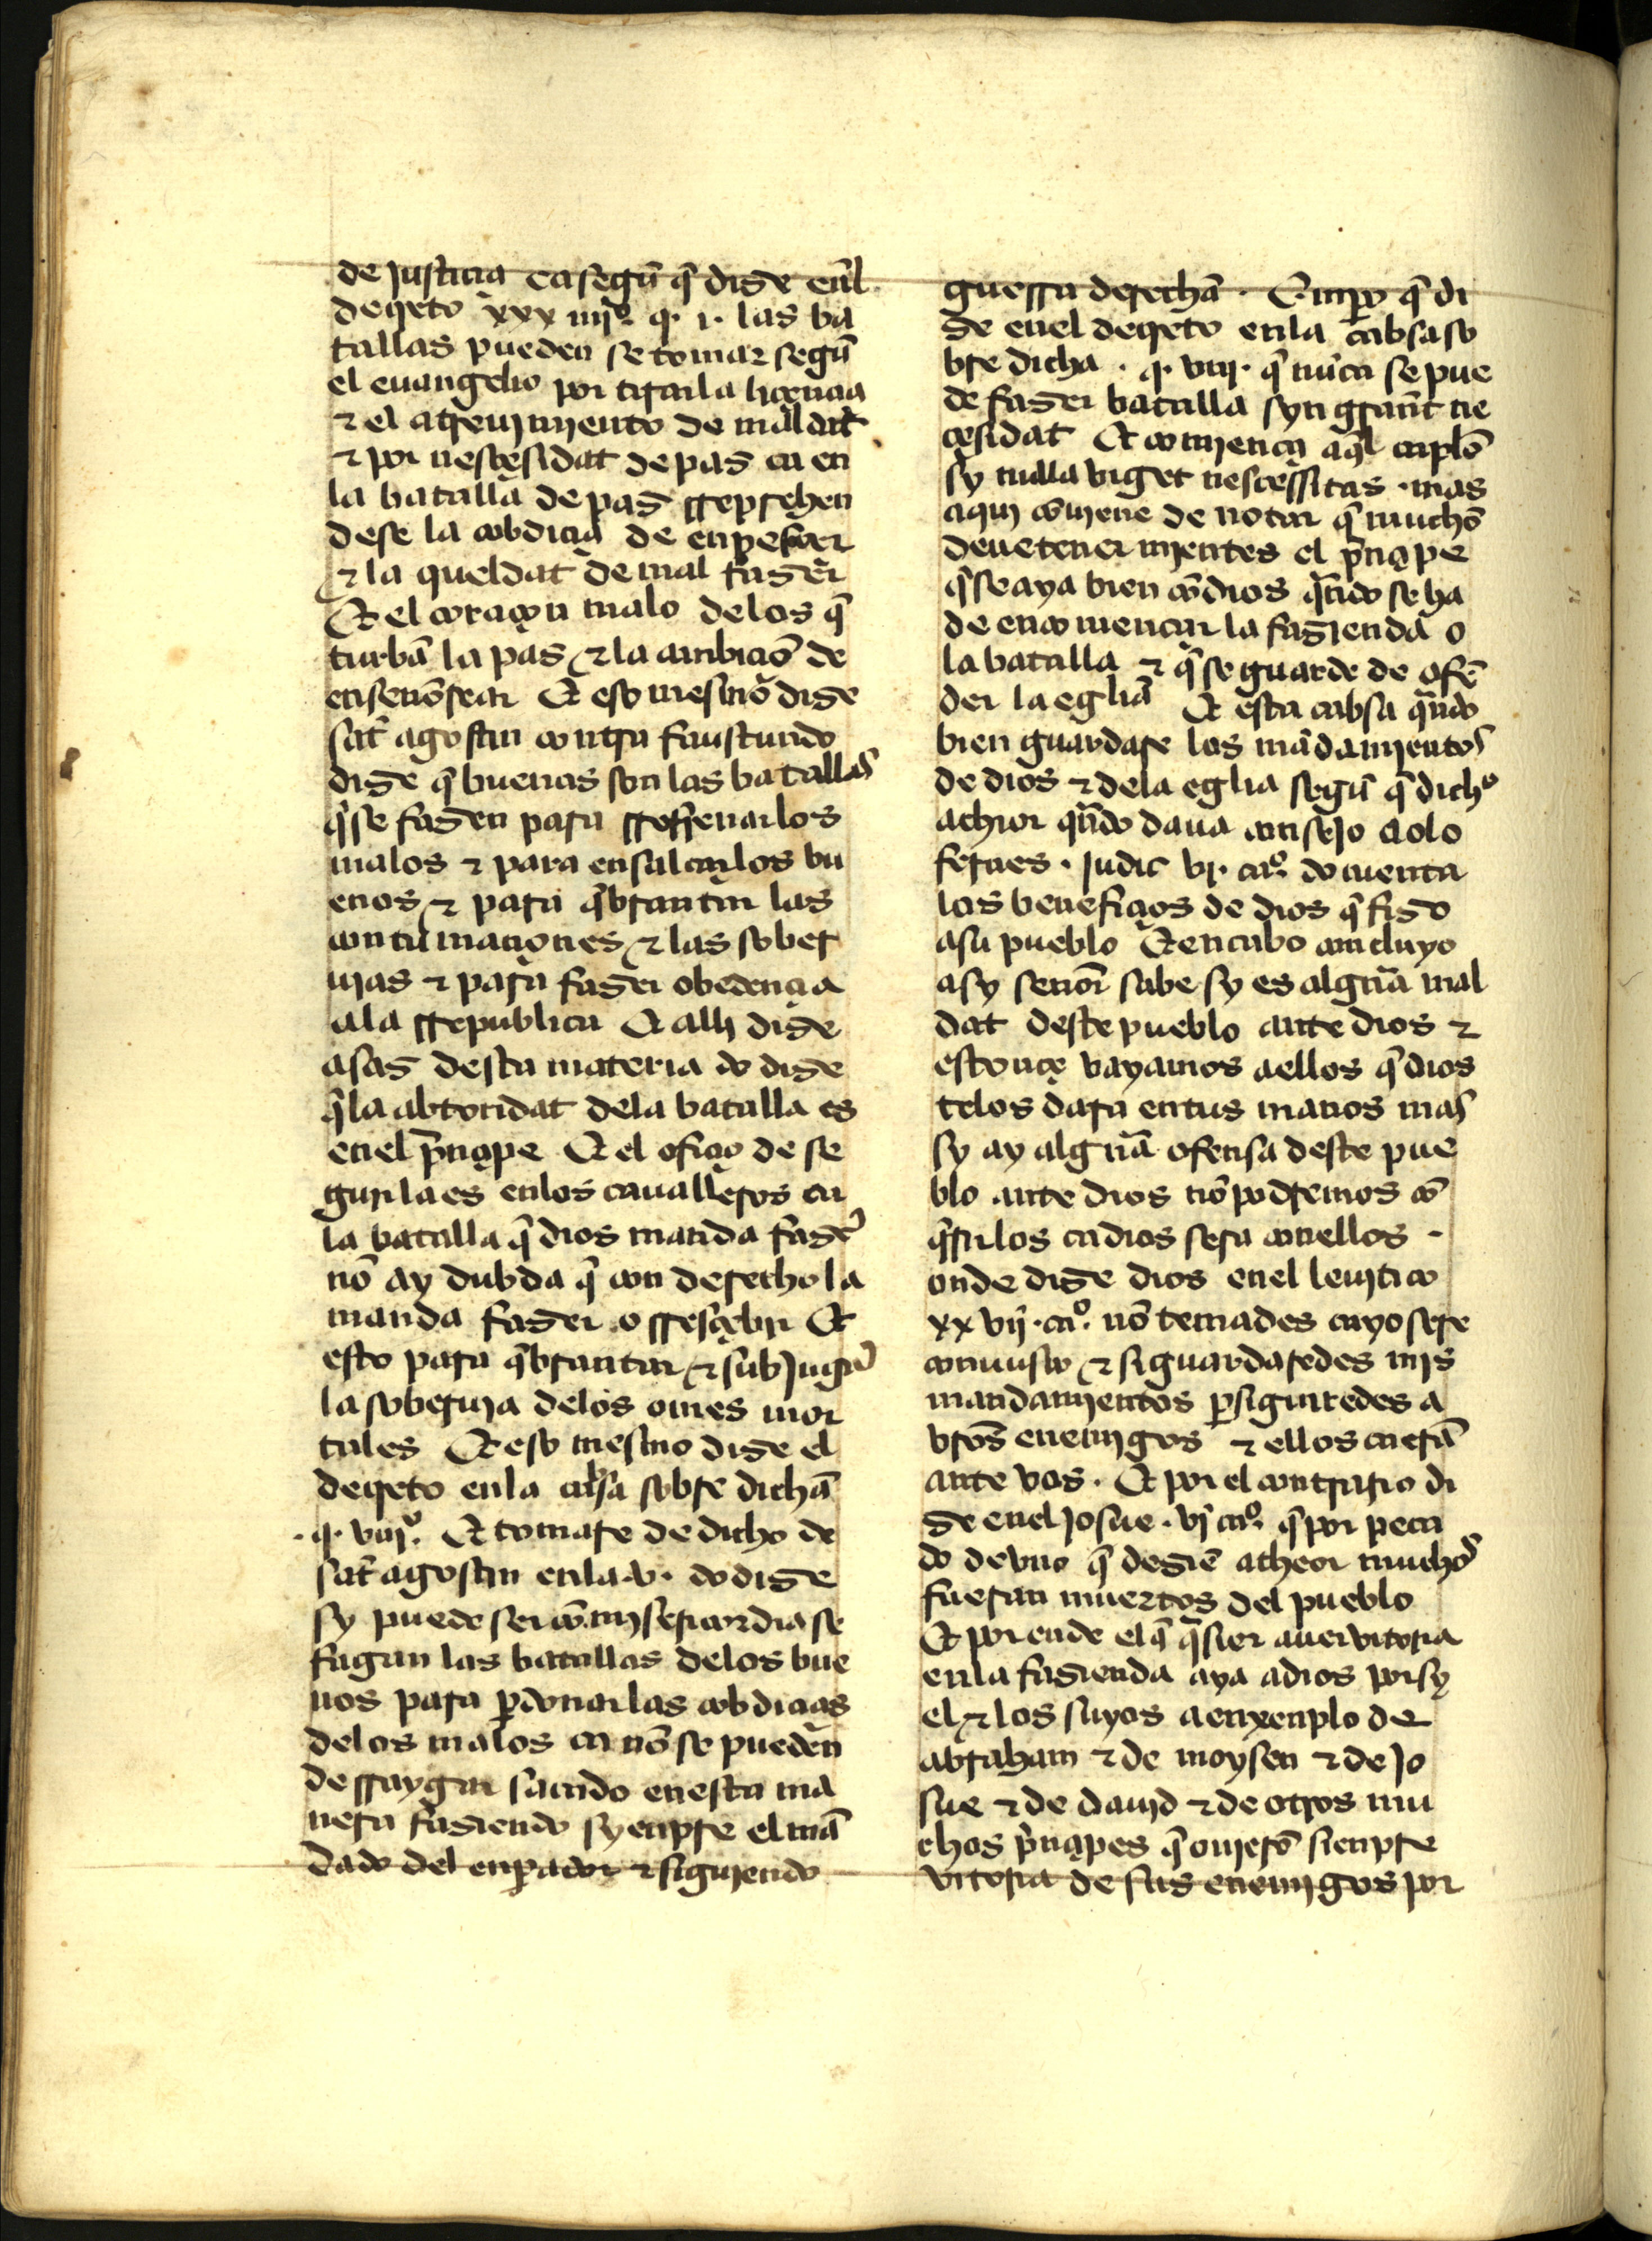
Shelfmark: Madrid, Instituto Valencia de don Juan, 2.6.I.5
Century: 15